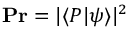
\mathbf { P r } = \vert \langle P \vert \psi \rangle \vert ^ { 2 }